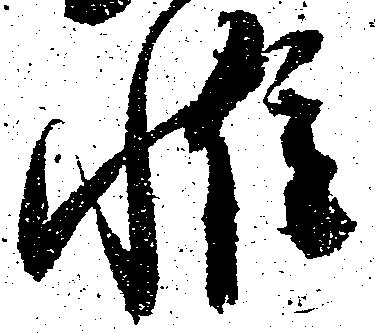
惟